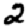
Digit: 2